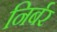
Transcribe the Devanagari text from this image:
निर्बर